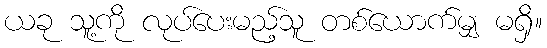
ယခု သူ့ကို လုပ်ပေးမည့်သူ တစ်ယောက်မျှ မရှိ။